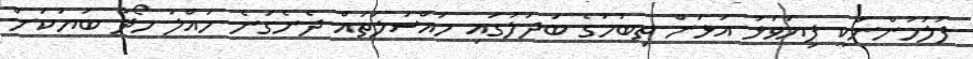
ފުލުހުންނަކީ ފިޔަވަޅު އަޅަން ތިބުމުގެ ބަދަލުގައި މައްސަލަތައް ދެނެގަނެ ހައްލު ހޯދާ ބަޔަކަށް